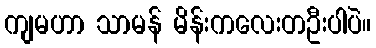
ကျမဟာ သာမန် မိန်းကလေးတဦးပါပဲ။